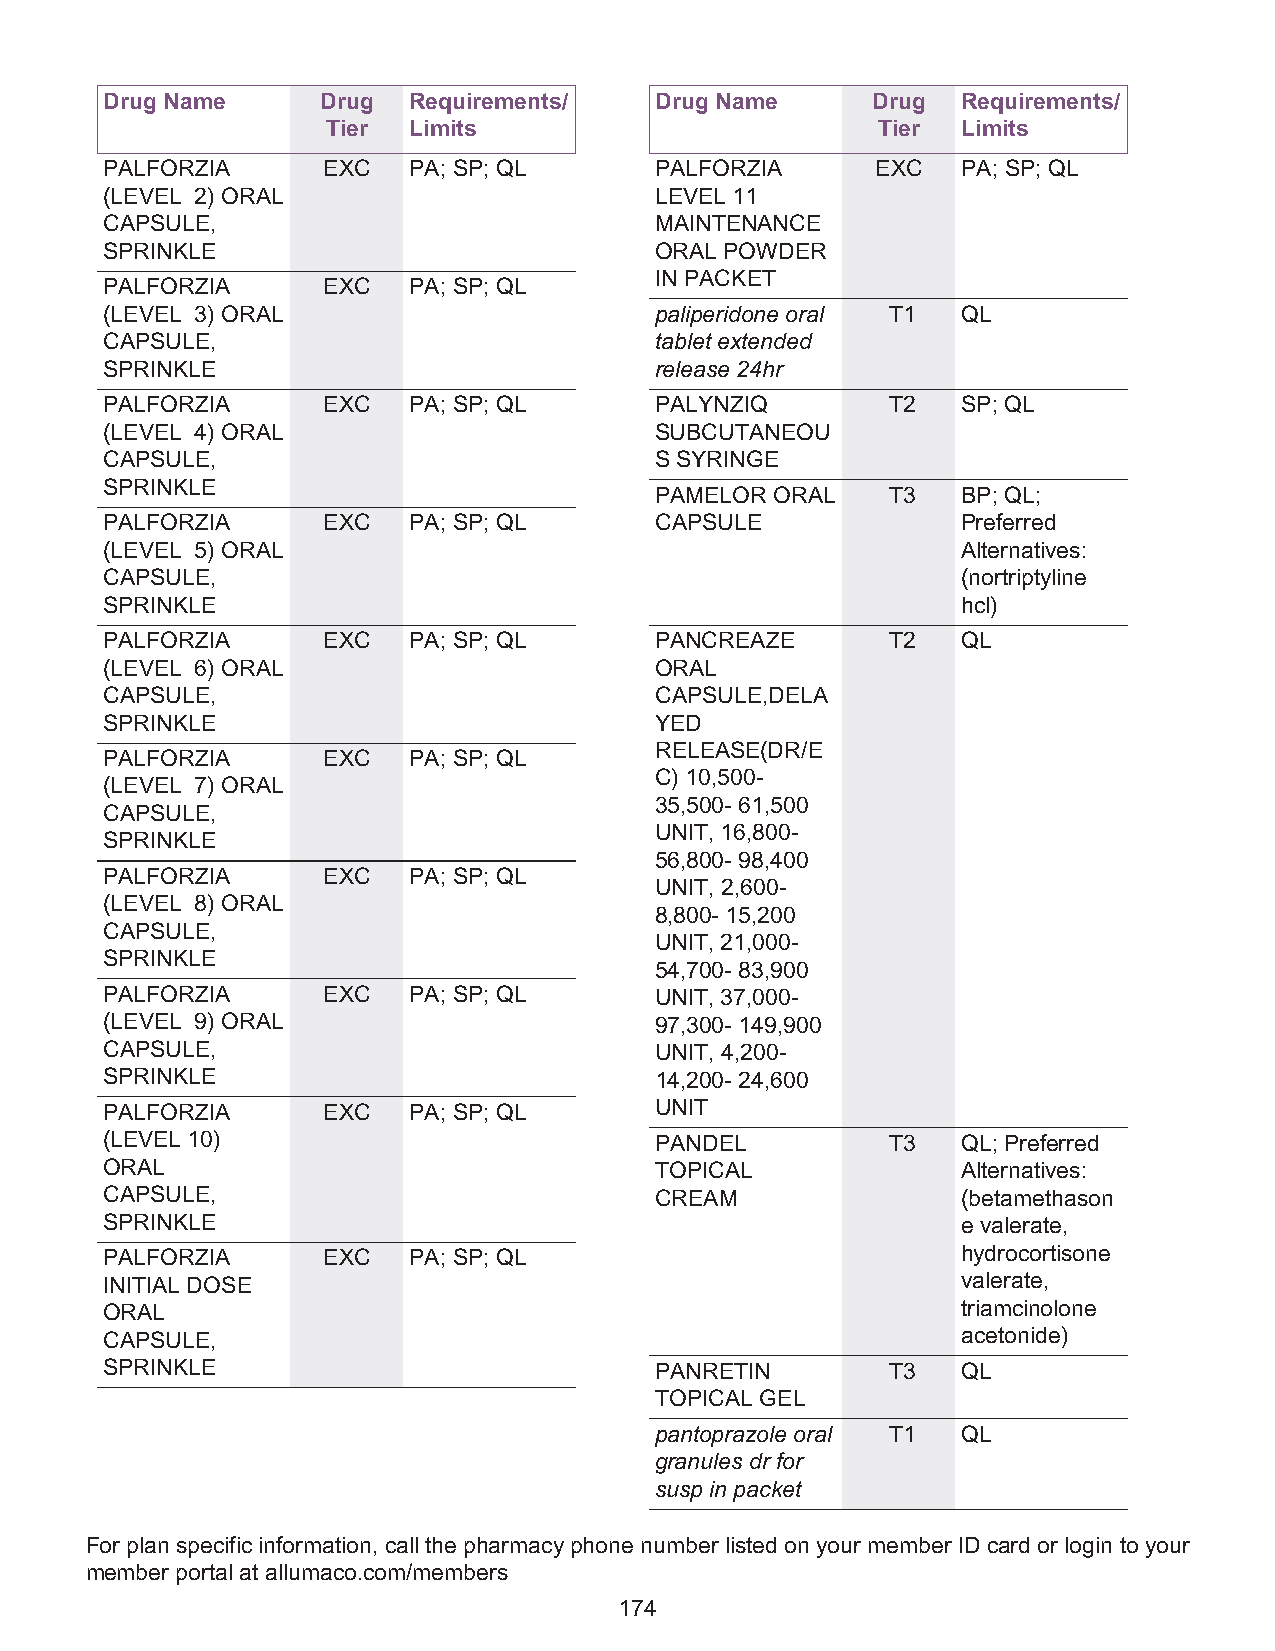
Drug Name     Drug  Requirements/   Drug Name      Drug  Requirements/
 Tier Limits                         Tier  Limits
 PALFORZIA     EXC   PA; SP; QL      PALFORZIA      EXC   PA; SP; QL
 (LEVEL 2) ORAL                      LEVEL 11
 CAPSULE,                            MAINTENANCE
 SPRINKLE                            ORAL POWDER
 IN PACKET
 PALFORZIA     EXC   PA; SP; QL
 (LEVEL 3) ORAL                      paliperidone oral T1 QL
 CAPSULE,                            tablet extended
 SPRINKLE                            release 24hr
 PALFORZIA     EXC   PA; SP; QL      PALYNZIQ        T2   SP; QL
 (LEVEL 4) ORAL                      SUBCUTANEOU
 CAPSULE,                            S SYRINGE
 SPRINKLE
 PAMELOR ORAL    T3   BP; QL;
 PALFORZIA     EXC   PA; SP; QL      CAPSULE              Preferred
 (LEVEL 5) ORAL                                           Alternatives:
 CAPSULE,                                                 (nortriptyline
 SPRINKLE                                                 hcl)
 PALFORZIA     EXC   PA; SP; QL      PANCREAZE       T2   QL
 (LEVEL 6) ORAL                      ORAL
 CAPSULE,                            CAPSULE,DELA
 SPRINKLE                            YED
 RELEASE(DR/E
 PALFORZIA     EXC   PA; SP; QL
 C) 10,500-
 (LEVEL 7) ORAL
 35,500- 61,500
 CAPSULE,
 UNIT, 16,800-
 SPRINKLE
 56,800- 98,400
 PALFORZIA     EXC   PA; SP; QL
 UNIT, 2,600-
 (LEVEL 8) ORAL
 8,800- 15,200
 CAPSULE,
 UNIT, 21,000-
 SPRINKLE
 54,700- 83,900
 PALFORZIA     EXC   PA; SP; QL      UNIT, 37,000-
 (LEVEL 9) ORAL                      97,300- 149,900
 CAPSULE,                            UNIT, 4,200-
 SPRINKLE                            14,200- 24,600
 PALFORZIA     EXC   PA; SP; QL      UNIT
 (LEVEL 10)                          PANDEL          T3   QL; Preferred
 ORAL                                TOPICAL              Alternatives:
 CAPSULE,                            CREAM                (betamethason
 SPRINKLE                                                 e valerate,
 PALFORZIA     EXC   PA; SP; QL                           hydrocortisone
 INITIAL DOSE                                             valerate,
 ORAL                                                     triamcinolone
 CAPSULE,                                                 acetonide)
 SPRINKLE                            PANRETIN        T3   QL
 TOPICAL GEL
 pantoprazole oral T1 QL
 granules dr for
 susp in packet
 For plan specific information, call the pharmacy phone number listed on your member ID card or login to your
 member portal at allumaco.com/members
 174